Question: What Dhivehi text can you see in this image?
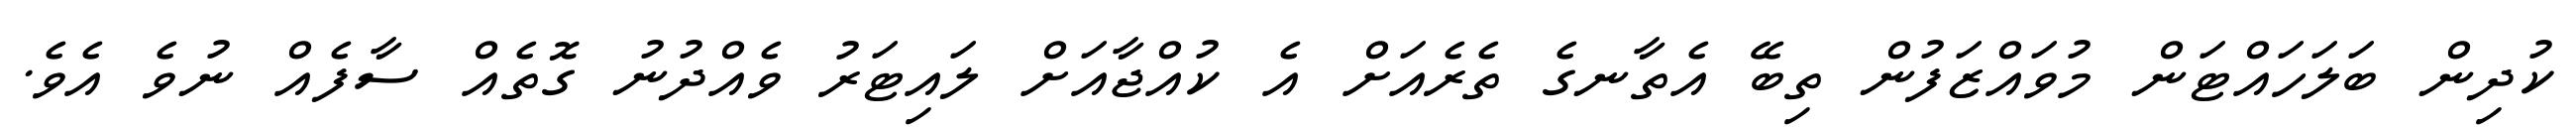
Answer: ކުދިން ބަލަހައްޓަން މުވައްޒަފުން ތިބޭ އެތާނގެ ތެރެއަށް އެ ކުއްޖާއަށް ލައިޓަރު ވެއްދުނު ގޮތެއް ސާފެއް ނުވެ އެވެ.